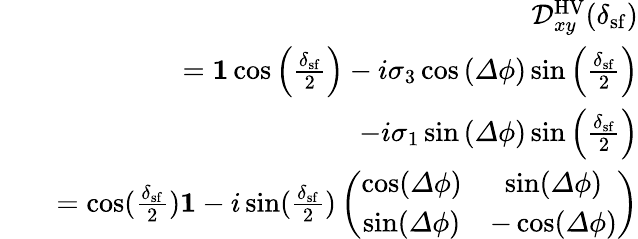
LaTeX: \begin{array}{rlr}&{}&{\mathcal{D}_{xy}^{\mathrm{HV}}(\delta_{\mathrm{sf}})}\\ &{}&{={\mathbf 1}\cos\left(\frac{\delta_{\mathrm{sf}}}{2}\right)-i\sigma_{3}\cos\left({\mathit\Delta\phi}\right)\sin\left(\frac{\delta_{\mathrm{sf}}}{2}\right)}\\ &{}&{-i\sigma_{1}\sin\left({\mathit\Delta\phi}\right)\sin\left(\frac{\delta_{\mathrm{sf}}}{2}\right)}\\ &{}&{=\cos(\frac{\delta_{\mathrm{sf}}}{2}){\mathbf 1}-i\sin(\frac{\delta_{\mathrm{sf}}}{2})\left(\begin{array}{cc}{\cos({\mathit\Delta\phi})}&{\sin({\mathit\Delta\phi})}\\ {\sin({\mathit\Delta\phi})}&{-\cos({\mathit\Delta\phi})}\end{array}\right)}\end{array}